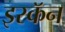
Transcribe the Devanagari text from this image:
इस्कॅन